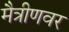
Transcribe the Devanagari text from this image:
मैत्रीणवर